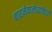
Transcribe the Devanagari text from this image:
चाहनेवालेव्यक्तियों